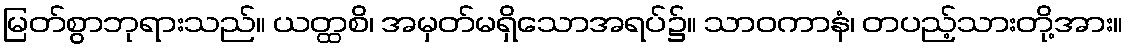
မြတ်စွာဘုရားသည်။ ယတ္ထစိ၊ အမှတ်မရှိသောအရပ်၌။ သာဝကာနံ၊ တပည့်သားတို့အား။